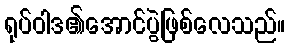
ရုပ်ဝါဒ၏အောင်ပွဲဖြစ်လေသည်။